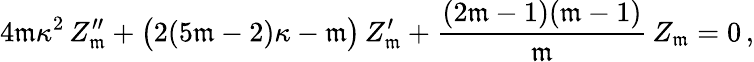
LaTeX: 4\mathfrak{m}\kappa^{2}\, Z_{\mathfrak{m}}^{\prime\prime}+\left(\strut2(5\mathfrak{m}-2)\kappa-\mathfrak{m}\right)\, Z_{\mathfrak{m}}^{\prime}+{\frac{{(2\mathfrak{m}-1)(\mathfrak{m}-1)}}{{\mathfrak{m}}}}\, Z_{\mathfrak{m}}=0\, ,